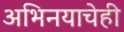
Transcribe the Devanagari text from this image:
अभिनयाचेही